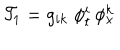
LaTeX: { \cal T } _ { 1 } = g _ { i k } \; \phi _ { t } ^ { i } \, \phi _ { x } ^ { k }